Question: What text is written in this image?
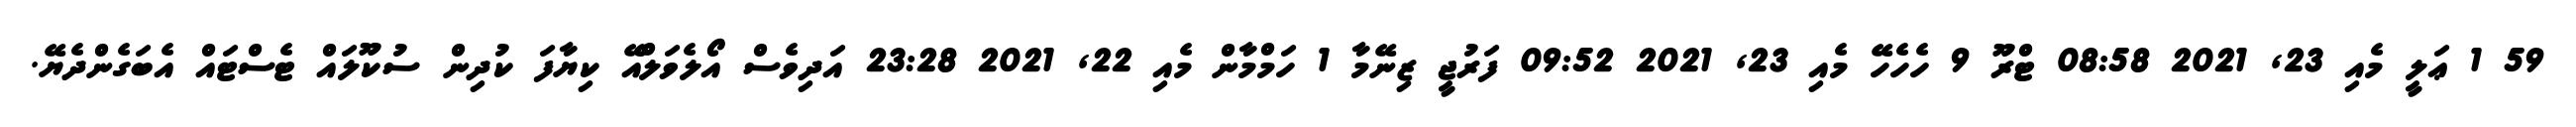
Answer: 59 1 ޢަލީ މެއި 23, 2021 08:58 ޓްރޫ 9 ހެހެހޭ މެއި 23, 2021 09:52 ފަރުޖީ ޒިނޭމާ 1 ހަމްމާން މެއި 22, 2021 23:28 އަދިވެސް އޯލެވަލްއޭ ކިޔާފަ ކުދިން ސުކޫލައް ޓެސްޓައް އެބަގެންދެޔޭ.